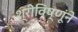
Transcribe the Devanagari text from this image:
श्रीविष्णूंने